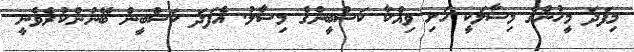
މިފަދަ މީހުންގެ މިސާލަކީ ހަށި ވިއްކާ ކަސްބީންގެ މިސާލު. އެފަދަ ކަސްބީން ބޭނުންކުރެވެނީ